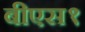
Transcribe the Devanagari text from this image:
बीएस१